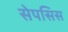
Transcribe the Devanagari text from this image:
सेपसिस